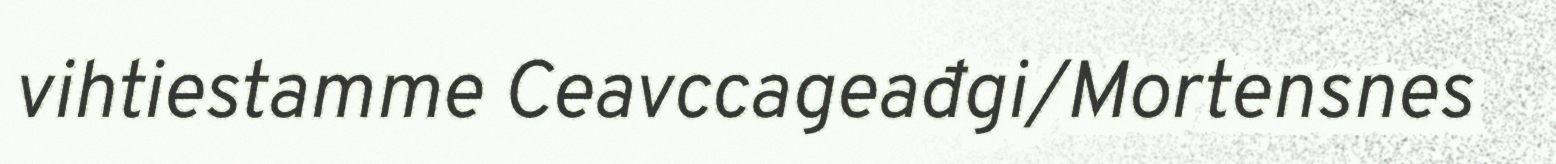
vihtiestamme Ceavccageađgi/Mortensnes